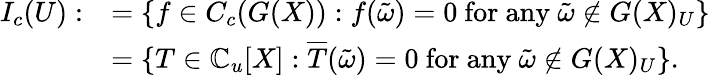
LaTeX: \begin{array}{rl}{I_{c}(U):}&{=\{ f\in C_{c}(G(X)):f(\tilde{\omega})=0\mathrm{~for~any~}\tilde{\omega}\notin G(X)_{U}\} }\\ &{=\{ T\in\mathbb{C}_{u}[X]:\overline{{T}}(\tilde{\omega})=0\mathrm{~for~any~}\tilde{\omega}\notin G(X)_{U}\} .}\end{array}